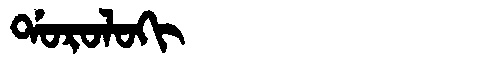
Manchu: ᡩᠣᡵᠣᠯᠣᡴᡳ
Romanization: DOROLOKI